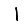
Digit: 1